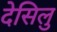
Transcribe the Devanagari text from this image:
देसिलु